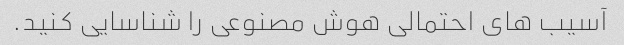
آسیب های احتمالی هوش مصنوعی را شناسایی کنید.